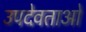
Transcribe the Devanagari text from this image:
उपदेवताओं